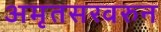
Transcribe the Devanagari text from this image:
अमृतसरवरुन